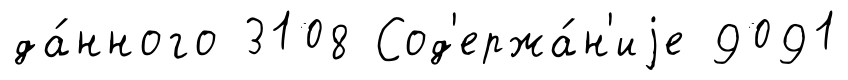
да́нного 3108 Сод'ержа́н'иjе 9091